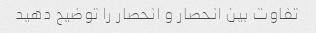
تفاوت بین انحصار و انحصار را توضیح دهید